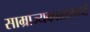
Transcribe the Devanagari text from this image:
साम्राज्यकाळामध्ये